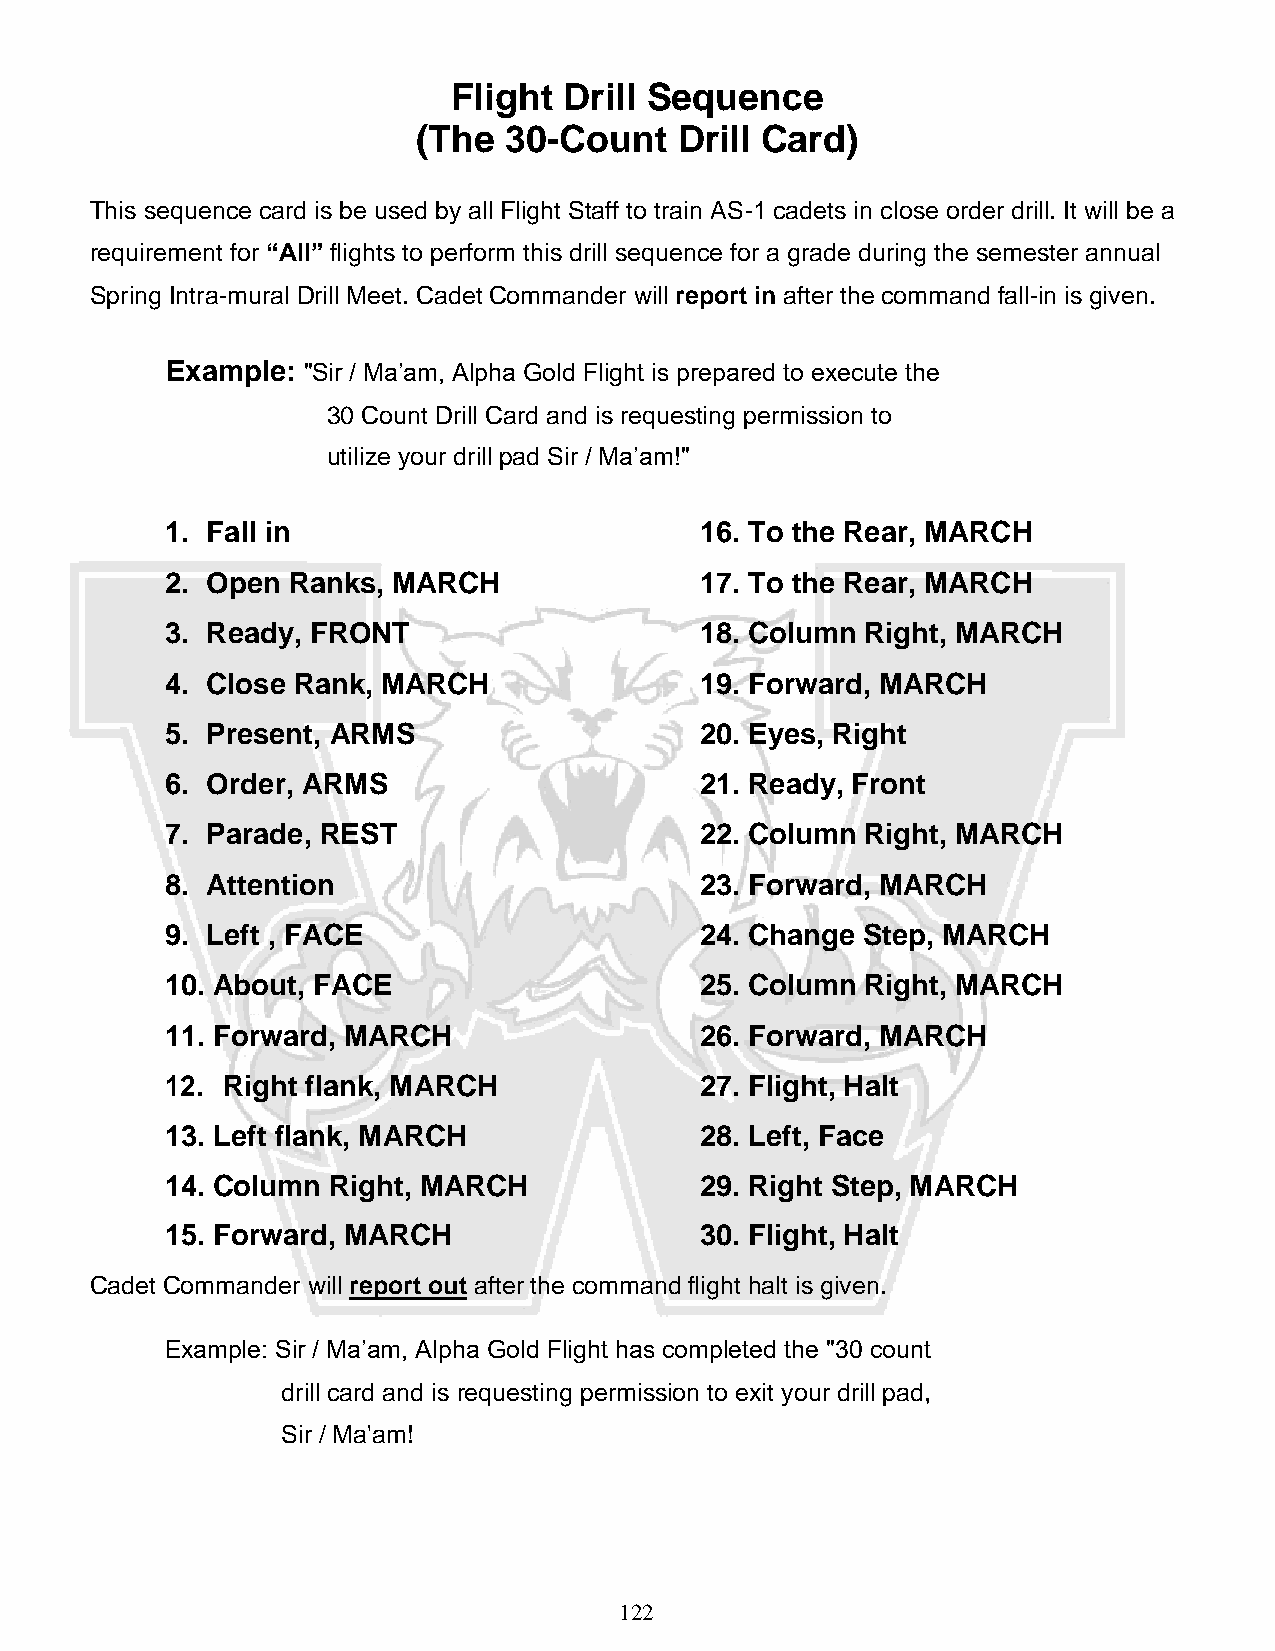
Flight Drill Sequence
 (The 30-Count    Drill Card)
 This sequence card is be used by all Flight Staff to train AS-1 cadets in close order drill. It will be a
 requirement for “All” flights to perform this drill sequence for a grade during the semester annual
 Spring Intra-mural Drill Meet. Cadet Commander will report in after the command fall-in is given.
 Example: "Sir / Ma’am, Alpha Gold Flight is prepared to execute the
 30 Count Drill Card and is requesting permission to
 utilize your drill pad Sir / Ma’am!"
 1. Fall in                         16. To the Rear, MARCH
 2. Open Ranks, MARCH               17. To the Rear, MARCH
 3. Ready, FRONT                    18. Column Right, MARCH
 4. Close Rank, MARCH               19. Forward, MARCH
 5. Present, ARMS                   20. Eyes, Right
 6. Order, ARMS                     21. Ready, Front
 7. Parade, REST                    22. Column Right, MARCH
 8. Attention                       23. Forward, MARCH
 9. Left , FACE                     24. Change Step, MARCH
 10. About, FACE                    25. Column Right, MARCH
 11. Forward, MARCH                 26. Forward, MARCH
 12. Right flank, MARCH             27. Flight, Halt
 13. Left flank, MARCH              28. Left, Face
 14. Column Right, MARCH            29. Right Step, MARCH
 15. Forward, MARCH                 30. Flight, Halt
 Cadet Commander will report out after the command flight halt is given.
 Example: Sir / Ma’am, Alpha Gold Flight has completed the "30 count
 drill card and is requesting permission to exit your drill pad,
 Sir / Ma'am!
 122